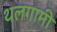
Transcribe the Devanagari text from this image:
थलगामी